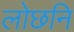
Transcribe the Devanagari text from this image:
लोछनि